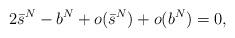
LaTeX: \begin{align*}2\bar s^N-b^N+o(\bar s^N)+o(b^N) =0,\end{align*}